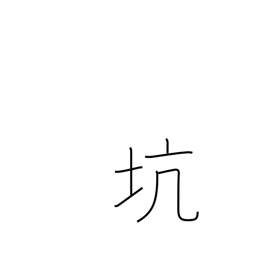
Meaning: hole